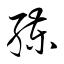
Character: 練